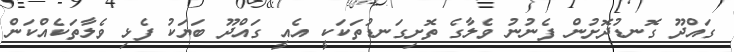
ގައްދޫ ގޮނޑުދޮށުން ފެނުނު ވެލާގެ ތޮށިގަނޑުތަކަކީ އެއީ ގައްދޫ ބަޔަކު ފެޅި ވެލާތަކެއްކަން